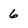
Character: 6